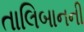
તાલિબાનની